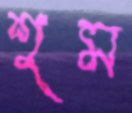
শুম